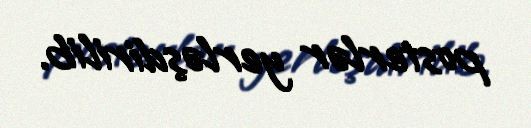
posterlər yerləşdirilib.